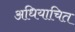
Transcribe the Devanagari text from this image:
अधियाचित